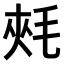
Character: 𣭶